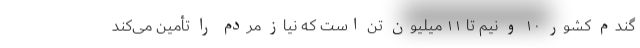
گندم کشور ۱۰ و نیم تا ۱۱ میلیون تن است که نیاز مردم را تأمین می‌کند